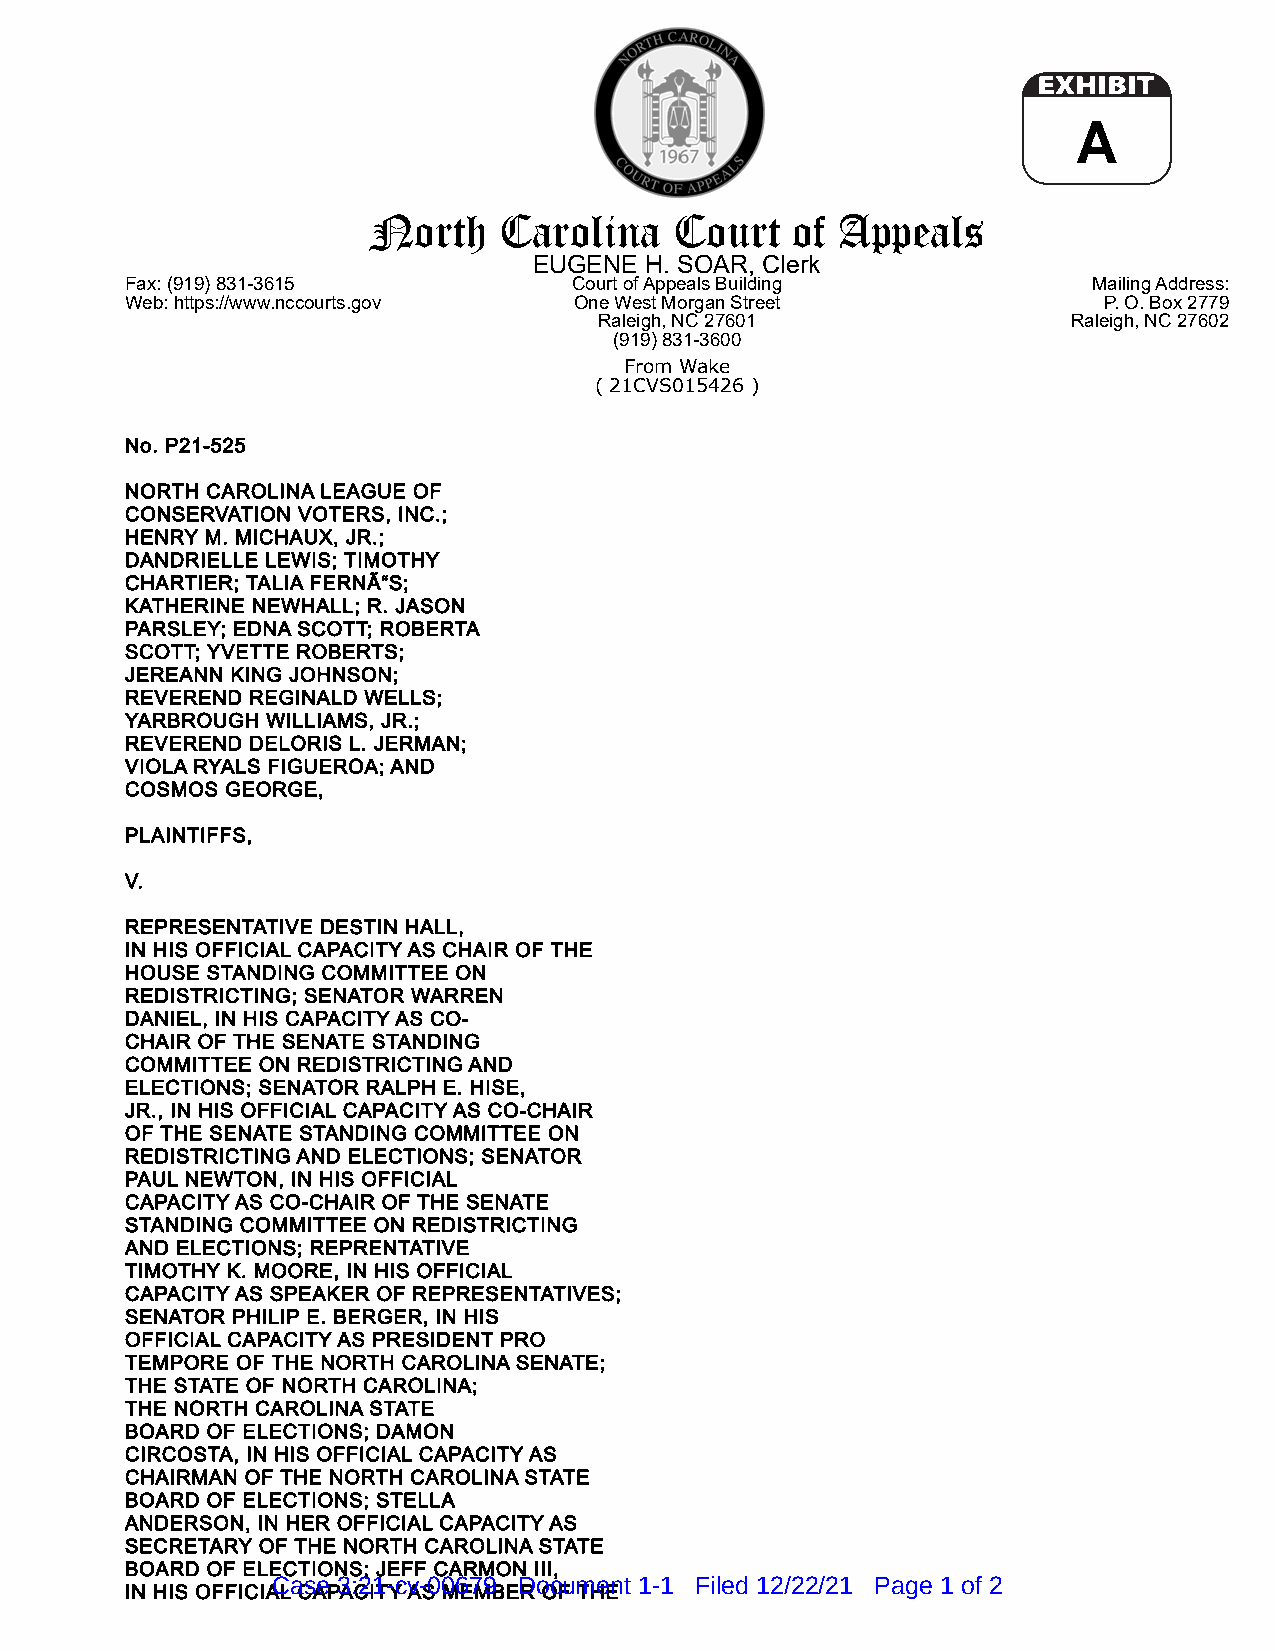
A
 North    Carolina    Court   of Appeals
 EUGENE  H. SOAR, Clerk
 Fax: (919) 831-3615           Court of Appeals Building         Mailing Address:
 Web: https://www.nccourts.gov One West Morgan Street             P. O. Box 2779
 Raleigh, NC 27601              Raleigh, NC 27602
 (919) 831-3600
 From Wake
 ( 21CVS015426 )
 No. P21-525
 NORTH CAROLINA LEAGUE OF
 CONSERVATION VOTERS, INC.;
 HENRY M. MICHAUX, JR.;
 DANDRIELLE LEWIS; TIMOTHY
 CHARTIER; TALIA FERNÃ“S;
 KATHERINE NEWHALL; R. JASON
 PARSLEY; EDNA SCOTT; ROBERTA
 SCOTT; YVETTE ROBERTS;
 JEREANN KING JOHNSON;
 REVEREND REGINALD WELLS;
 YARBROUGH WILLIAMS, JR.;
 REVEREND DELORIS L. JERMAN;
 VIOLA RYALS FIGUEROA; AND
 COSMOS GEORGE,
 PLAINTIFFS,
 V.
 REPRESENTATIVE DESTIN HALL,
 IN HIS OFFICIAL CAPACITY AS CHAIR OF THE
 HOUSE STANDING COMMITTEE ON
 REDISTRICTING; SENATOR WARREN
 DANIEL, IN HIS CAPACITY AS CO-
 CHAIR OF THE SENATE STANDING
 COMMITTEE ON REDISTRICTING AND
 ELECTIONS; SENATOR RALPH E. HISE,
 JR., IN HIS OFFICIAL CAPACITY AS CO-CHAIR
 OF THE SENATE STANDING COMMITTEE ON
 REDISTRICTING AND ELECTIONS; SENATOR
 PAUL NEWTON, IN HIS OFFICIAL
 CAPACITY AS CO-CHAIR OF THE SENATE
 STANDING COMMITTEE ON REDISTRICTING
 AND ELECTIONS; REPRENTATIVE
 TIMOTHY K. MOORE, IN HIS OFFICIAL
 CAPACITY AS SPEAKER OF REPRESENTATIVES;
 SENATOR PHILIP E. BERGER, IN HIS
 OFFICIAL CAPACITY AS PRESIDENT PRO
 TEMPORE OF THE NORTH CAROLINA SENATE;
 THE STATE OF NORTH CAROLINA;
 THE NORTH CAROLINA STATE
 BOARD OF ELECTIONS; DAMON
 CIRCOSTA, IN HIS OFFICIAL CAPACITY AS
 CHAIRMAN OF THE NORTH CAROLINA STATE
 BOARD OF ELECTIONS; STELLA
 ANDERSON, IN HER OFFICIAL CAPACITY AS
 SECRETARY OF THE NORTH CAROLINA STATE
 BOARD OF ELECTIONS; JEFF CARMON III,
 Case 3:21-cv-00679 Document 1-1 Filed 12/22/21 Page 1 of 2
 IN HIS OFFICIAL CAPACITY AS MEMBER OF THE